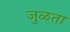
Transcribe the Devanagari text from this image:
जुळता